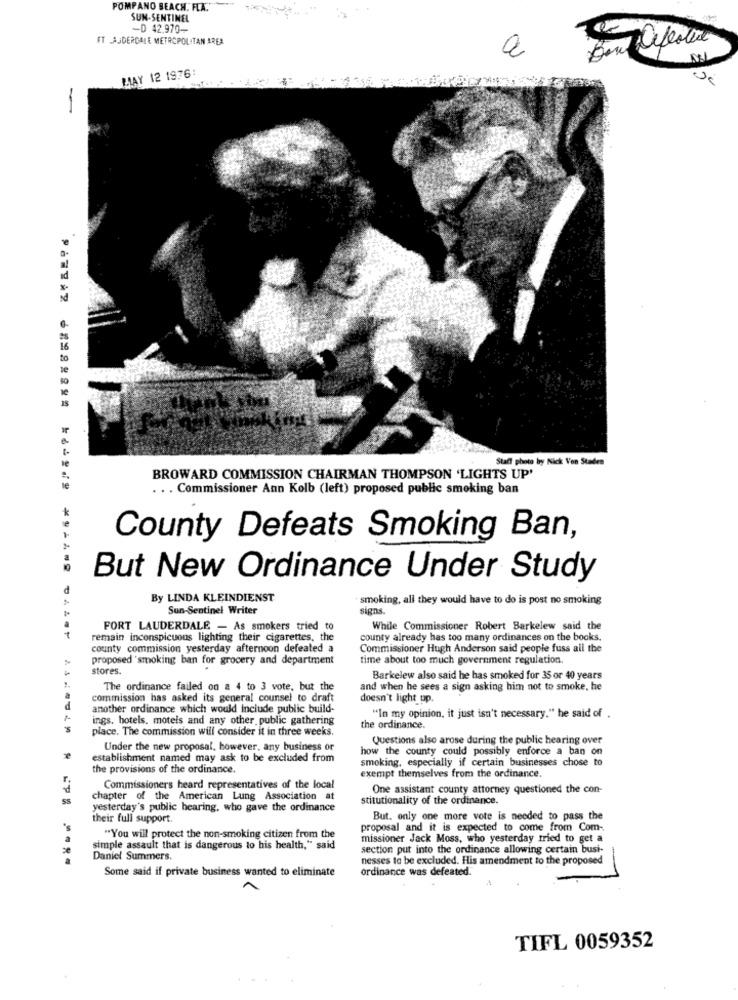
POMPANO BEACH. FLA."
SUN-SENTINEL
-D 42,970-
FT LAUDERDALE METROPOLITAN AREA
a
MAY 12 19.76:
Staff photo by Nick Von Staden
BROWARD COMMISSION CHAIRMAN THOMPSON 'LIGHTS UP'
. . . Commissioner Ann Kolb (left) proposed public smoking ban
County Defeats Smoking Ban,
But New Ordinance Under Study
By LINDA KLEINDIENST
smoking, all they would have to do is post no smoking
Sun-Sentinel Writer
signs.
FORT LAUDERDALE - As smokers tried to
While Commissioner Robert Barkelew said the
remain inconspicuous lighting their cigarettes, the
county already has too many ordinances on the books.
county commission yesterday afternoon defeated a
Commissioner Hugh Anderson said people fuss all the
proposed 'smoking ban for grocery and department
time about too much government regulation.
stores.
Barkelew also said he has smoked for 35 or 40 years
The ordinance failed on a 4 to 3 vote, but the
and when he sees a sign asking him not to smoke, he
commission has asked its general counsel to draft
doesn't light up.
d
another ordinance which would include public build-
ings. hotels, motels and any other public gathering
"In my opinion, it just isn't necessary." he said of .
place. The commission will consider it in three weeks.
the ordinance.
Questions also arose during the public hearing over
Under the new proposal, however, any business or
how the county could possibly enforce a ban on
establishment named may ask to be excluded from
smoking, especially if certain businesses chose to
the provisions of the ordinance.
exempt themselves from the ordinance,
Commissioners heard representatives of the local
One assistant county attorney questioned the con-
SS
chapter of the American Lung Association at
stitutionality of the ordinance.
yesterday's public hearing, who gave the ordinance
their full support.
But. only one more vote is needed to pass the
's
proposal and it is expected to come from Com-
"You will protect the non-smoking citizen from the
missioner Jack Moss, who yesterday tried to get a
simple assault that is dangerous to his health," said
section put into the ordinance allowing certain busi-
Daniel Summers.
nesses to be excluded. His amendment to the proposed
ordinance was defeated.
Some said if private business wanted to eliminate
TIFL 0059352